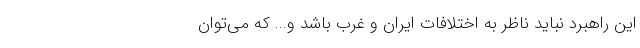
این راهبرد نباید ناظر به اختلافات ایران و غرب باشد و... که می‌توان